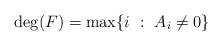
\begin{align*}\deg(F) = \max \{ i \ : \ A_i \ne 0 \}\end{align*}